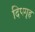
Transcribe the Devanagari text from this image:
दिपगृह